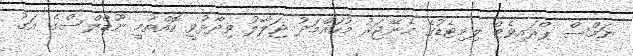
ނަމްސް ޕްރައިވެޓް ލިމިޓެޑުގެ މެނޭޖަރު މުހައްމަދު ޖަލާލު ވިދާޅުވީ ކޮއްތުމީ ނޫޑްލްސްގެ އަގު